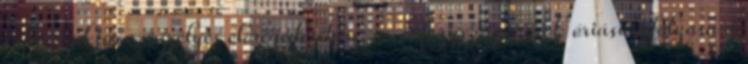
infrastruktúra veszélyes elöregedésében -- a fegyveriparosok óriási befolyása a